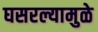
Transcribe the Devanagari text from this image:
घसरल्यामुळे